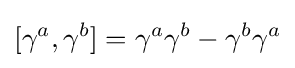
[\gamma ^{a},\gamma ^{b}]=\gamma ^{a}\gamma ^{b}-\gamma ^{b}\gamma ^{a}